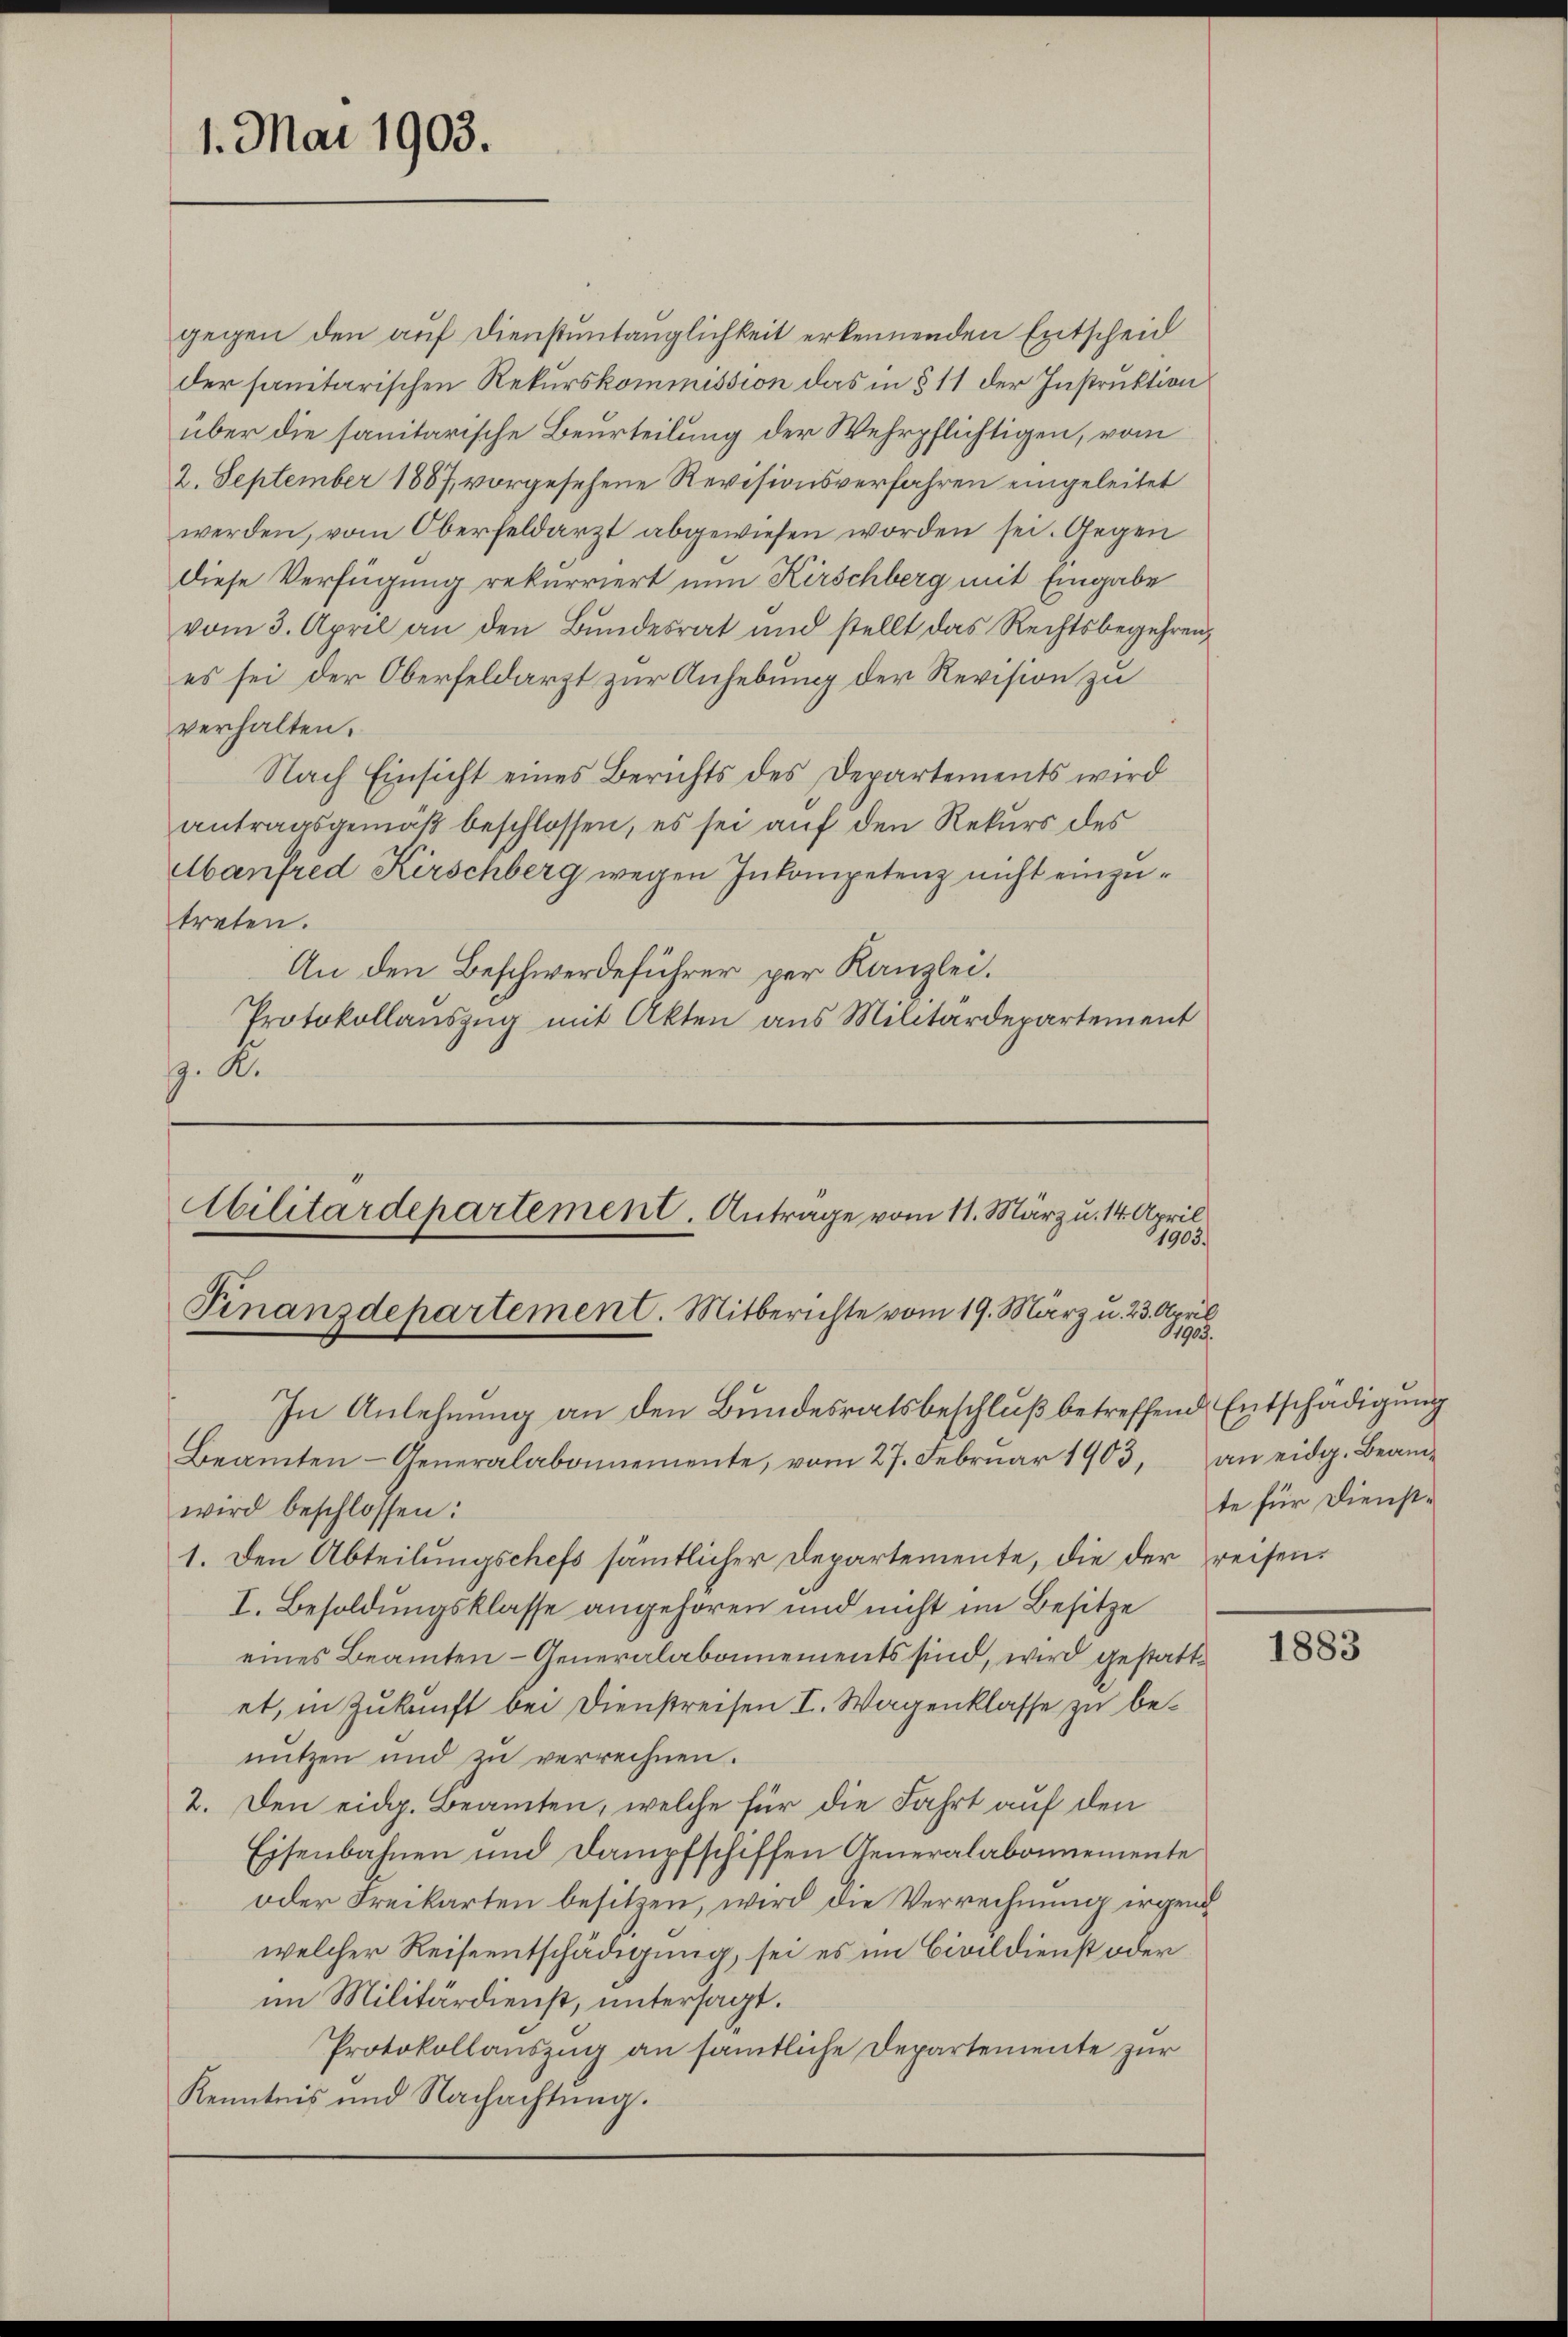
1. Mai 1903.

2. September 1887, vorgesehene Revisionsverfahren eingeleitet
werden, vom Oberfeldarzt abgewiesen worden sei. Gegen
diese Verfügung rekurriert nun Kirschberg mit Eingabe
vom 3. April an den Bundesrat und stellt das Rechtsbegehren
es sei der Oberfeldarzt zur Anhebung der Revision zu
verhalten.
Nach Einsicht eines Berichts des Departements wird
antragsgemäß beschlossen, es sei auf den Rekurs des
Manfred Kirschberg wegen Inkompetenz nicht einzutreten.
An den Beschwerdeführer per Kanzlei.
Protokollauszug mit Akten aus Militärdepartement
J. A.

gegen den auf Dienstuntauglichkeit erkennenden Entscheid
der sanitarischen Rekurskommission das in § 11 der Instruktion
über die sanitarische Beurteilung der Wehrpflichtigen, vom

wird beschlossen:
1. Den Abteilungschefs sämmtlicher Departemente, die der Preisen¬
I. Besoldungsklasse angehören und nicht im Besitze
eines Beamten - Generalabonnements sind, wird gestattet, in Zukunft bei Dienstreisen I. Wagenklasse zu benutzen und zu verrechnen.
2. Den eidg. Beamten, welche für die Fahrt auf den
Eisenbahnen und Dampfschiffen Generalabonnemente
oder Freikarten besitzen, wird die Verrechnung irgend
welcher Reiseentschädigung, sei es im Civildienst oder
im Militärdienst, untersagt.
Protokollauszug an sämtliche Departemente zur
Kenntnis und Nachachtung.

Cilitärdepartement. Antrage vom 11. März u. 14. April
1903.
Finanzdepartement. Mitberichte vom 19. März u. 23. April
11905.
In Anlehnung an den Bundesratsbeschluß betreffend Entschädigung
Beamten- Generalabonnemente, vom 27. Febrŭar 1903, an eidg. Beam-

te für Dienst¬

1883